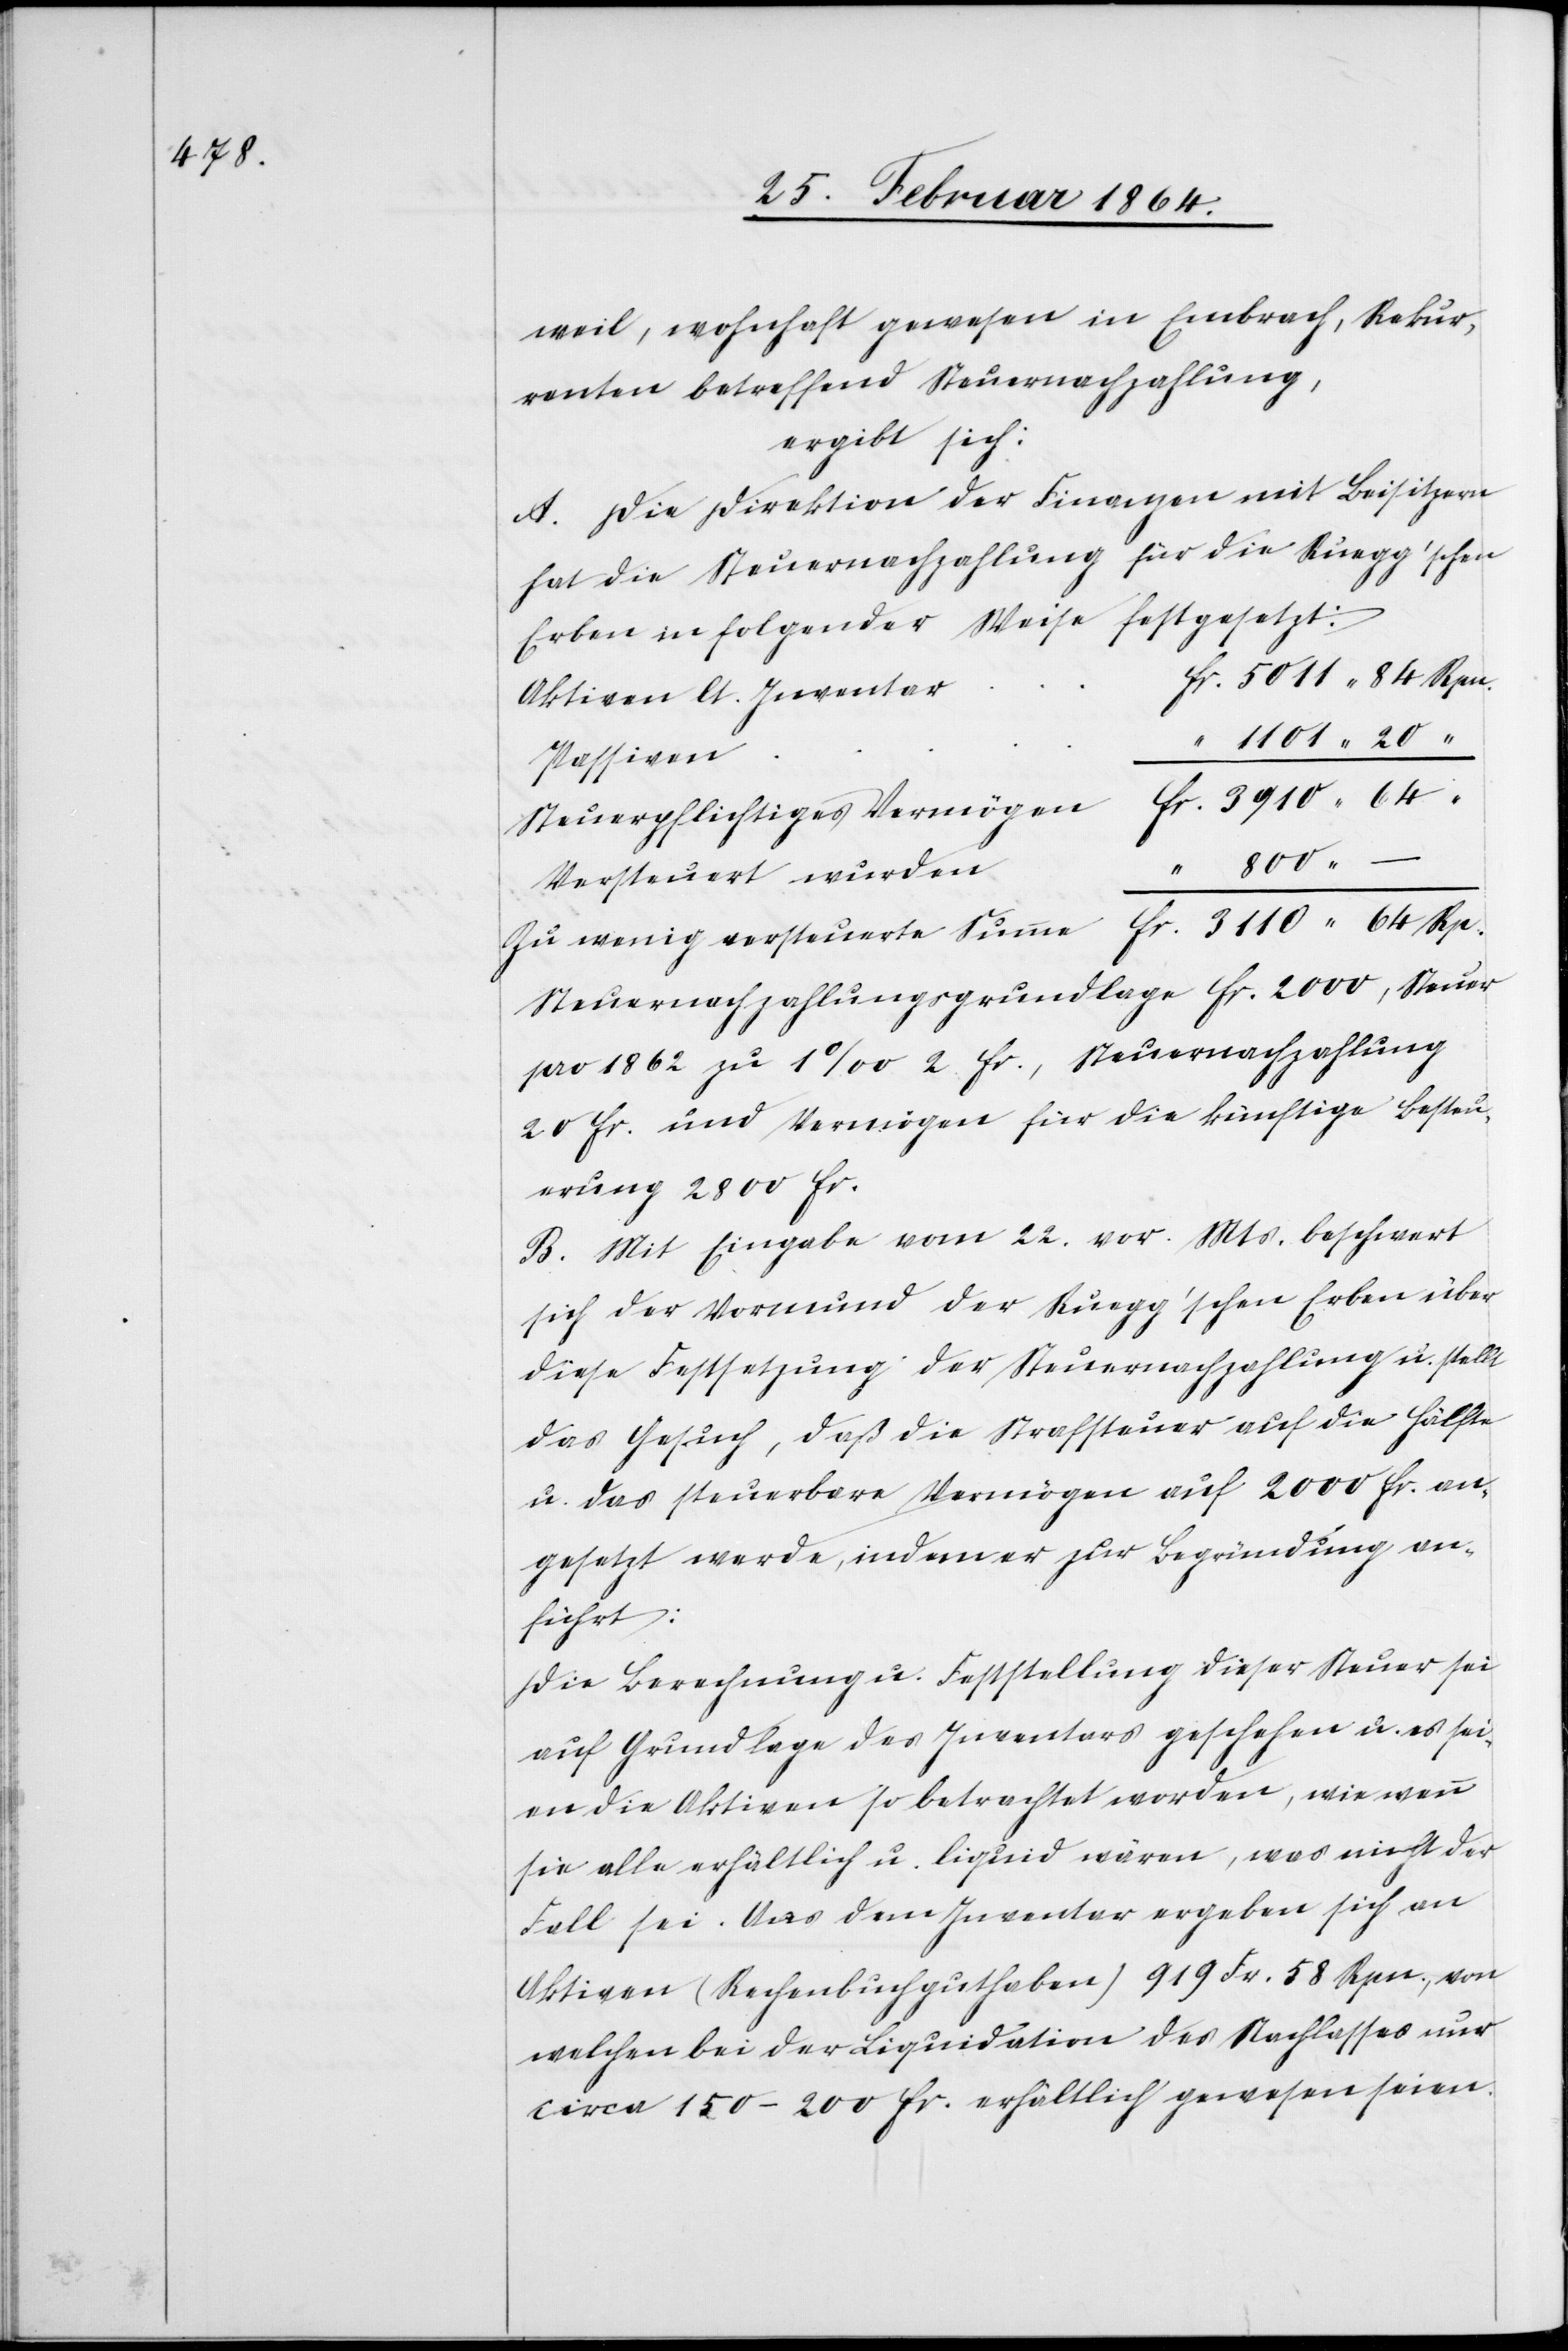
weil, wohnhaft gewesen in Embrach, Rekur¬
renten betreffend Steuernachzahlung,
ergibt sich:
A. Die Direktion der Finanzen mit Beisitzern
hat die Steuernachzahlung für die Rüegg’schen
Erben in folgender Weise festgesetzt:
r	fr. 5011 84 Rpn.
Aktiven lt. Inventa¬
“ 1101 20 “
Steuerpflichtiges Vermögen	fr. 3910 64
Versteuert wurden
Zu wenig versteuerte Summe	fr. 3110 64 Rp.
Steuernachzahlungsgrundlage fr. 2000, Steuer
pro 1862 zu 1‰ 2 fr., Steuernachzahlung
20 fr. und Vermögen für die künftige Besteu¬
erung 2800 fr.
B. Mit Eingabe vom 22. vor. Mts. beschwert
sich der Vormund der Rüegg’schen Erben über
diese Festsetzung der Steuernachzahlung u. stellt
das Gesuch, daß die Strafsteuer auf die Hälfte
u. das steuerbare Vermögen auf 2000 fr. an¬
gesetzt werde, indem er zur Begründung an¬
führt:
Die Berechnung u. Feststellung dieser Steuer sei
auf Grundlage des Inventars geschehen u. es sei¬
en die Aktiven so betrachtet worden, wie wenn
sie alle erhältlich u. liquid wären, was nicht der
Fall sei. Aus dem Inventar ergeben sich an
Aktiven (Rechenbuchguthaben) 919 Fr. 58 Rpn., von
welchen bei der Liquidation des Nachlasses nur
circa 150-200 fr. erhältlich gewesen seien.